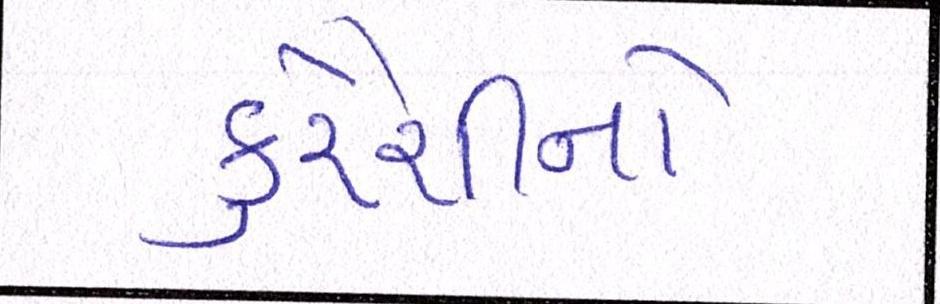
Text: કુરૈશીનો